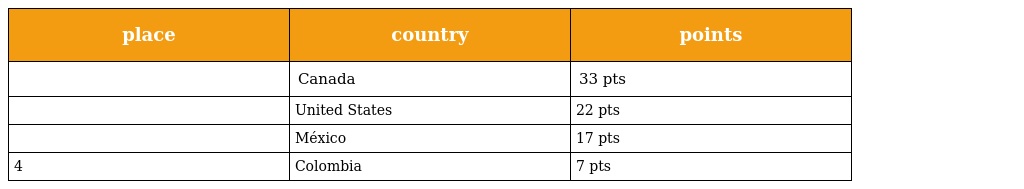
| place | country | points |
 | --- | --- | --- |
 |  | Canada | 33 pts |
 |  | United States | 22 pts |
 |  | México | 17 pts |
 | 4 | Colombia | 7 pts |